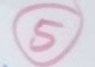
5